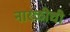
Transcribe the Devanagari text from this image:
नारळीची